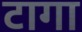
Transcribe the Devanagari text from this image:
टागा